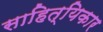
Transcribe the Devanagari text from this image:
साहित्यिकार